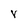
Character: V